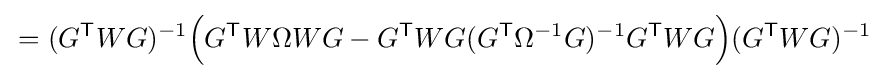
\,=(G^{\mathsf {T}}WG)^{-1}{\Big (}G^{\mathsf {T}}W\Omega WG-G^{\mathsf {T}}WG(G^{\mathsf {T}}\Omega ^{-1}G)^{-1}G^{\mathsf {T}}WG{\Big )}(G^{\mathsf {T}}WG)^{-1}